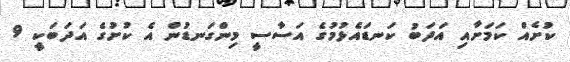
ކުށެއް ކަމަށާއި އަދަބު ކަނޑައެޅުމުގެ އަސާސީ މިންގަނޑުން އެ ކުށުގެ އަދަބަކީ 9